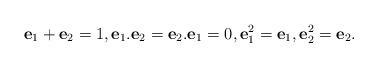
LaTeX: \begin{align*} \textbf{e}_1 +\textbf{e}_2 =1,\textbf{e}_1 . \textbf{e}_2 =\textbf{e}_2 . \textbf{e}_1 =0,\textbf{e}_1^2 =\textbf{e}_1 ,\textbf{e}_2^2 =\textbf{e}_2. \end{align*}